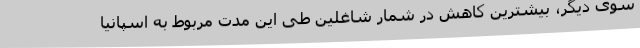
سوی دیگر، بیشترین کاهش در شمار شاغلین طی این مدت مربوط به اسپانیا